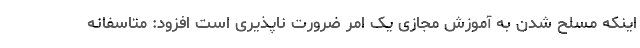
اینکه مسلح شدن به آموزش مجازی یک امر ضرورت ناپذیری است افزود: متاسفانه